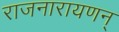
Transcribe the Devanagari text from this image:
राजनारायणन्